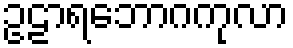
ဥဠာရဘောဂကုလာ